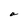
Character: a